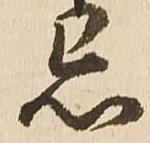
忌